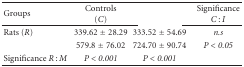
<table><thead><tr><td><b>Groups</b></td><td><b>Controls (<i>C</i>)</b></td><td>[EMPTY_CELL]</td><td><b>Significance<i>C</i> : <i>I</i></b></td></tr></thead><tbody><tr><td>Rats (<i>R</i>)</td><td>339.62 ± 28.29</td><td>333.52 ± 54.69</td><td><i>n.s</i></td></tr><tr><td>[EMPTY_CELL]</td><td>579.8 ± 76.02</td><td>724.70 ± 90.74</td><td><i>P &lt; 0.05 </i></td></tr><tr><td>Significance <i>R</i> : <i>M</i></td><td><i>P &lt; 0.001 </i></td><td><i>P &lt; 0.001 </i></td><td>[EMPTY_CELL]</td></tr></tbody></table>